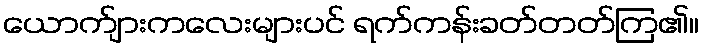
ယောက်ျားကလေးများပင် ရက်ကန်းခတ်တတ်ကြ၏။